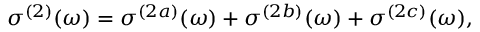
\begin{array} { r } { \sigma ^ { ( 2 ) } ( \omega ) = \sigma ^ { ( 2 a ) } ( \omega ) + \sigma ^ { ( 2 b ) } ( \omega ) + \sigma ^ { ( 2 c ) } ( \omega ) , } \end{array}